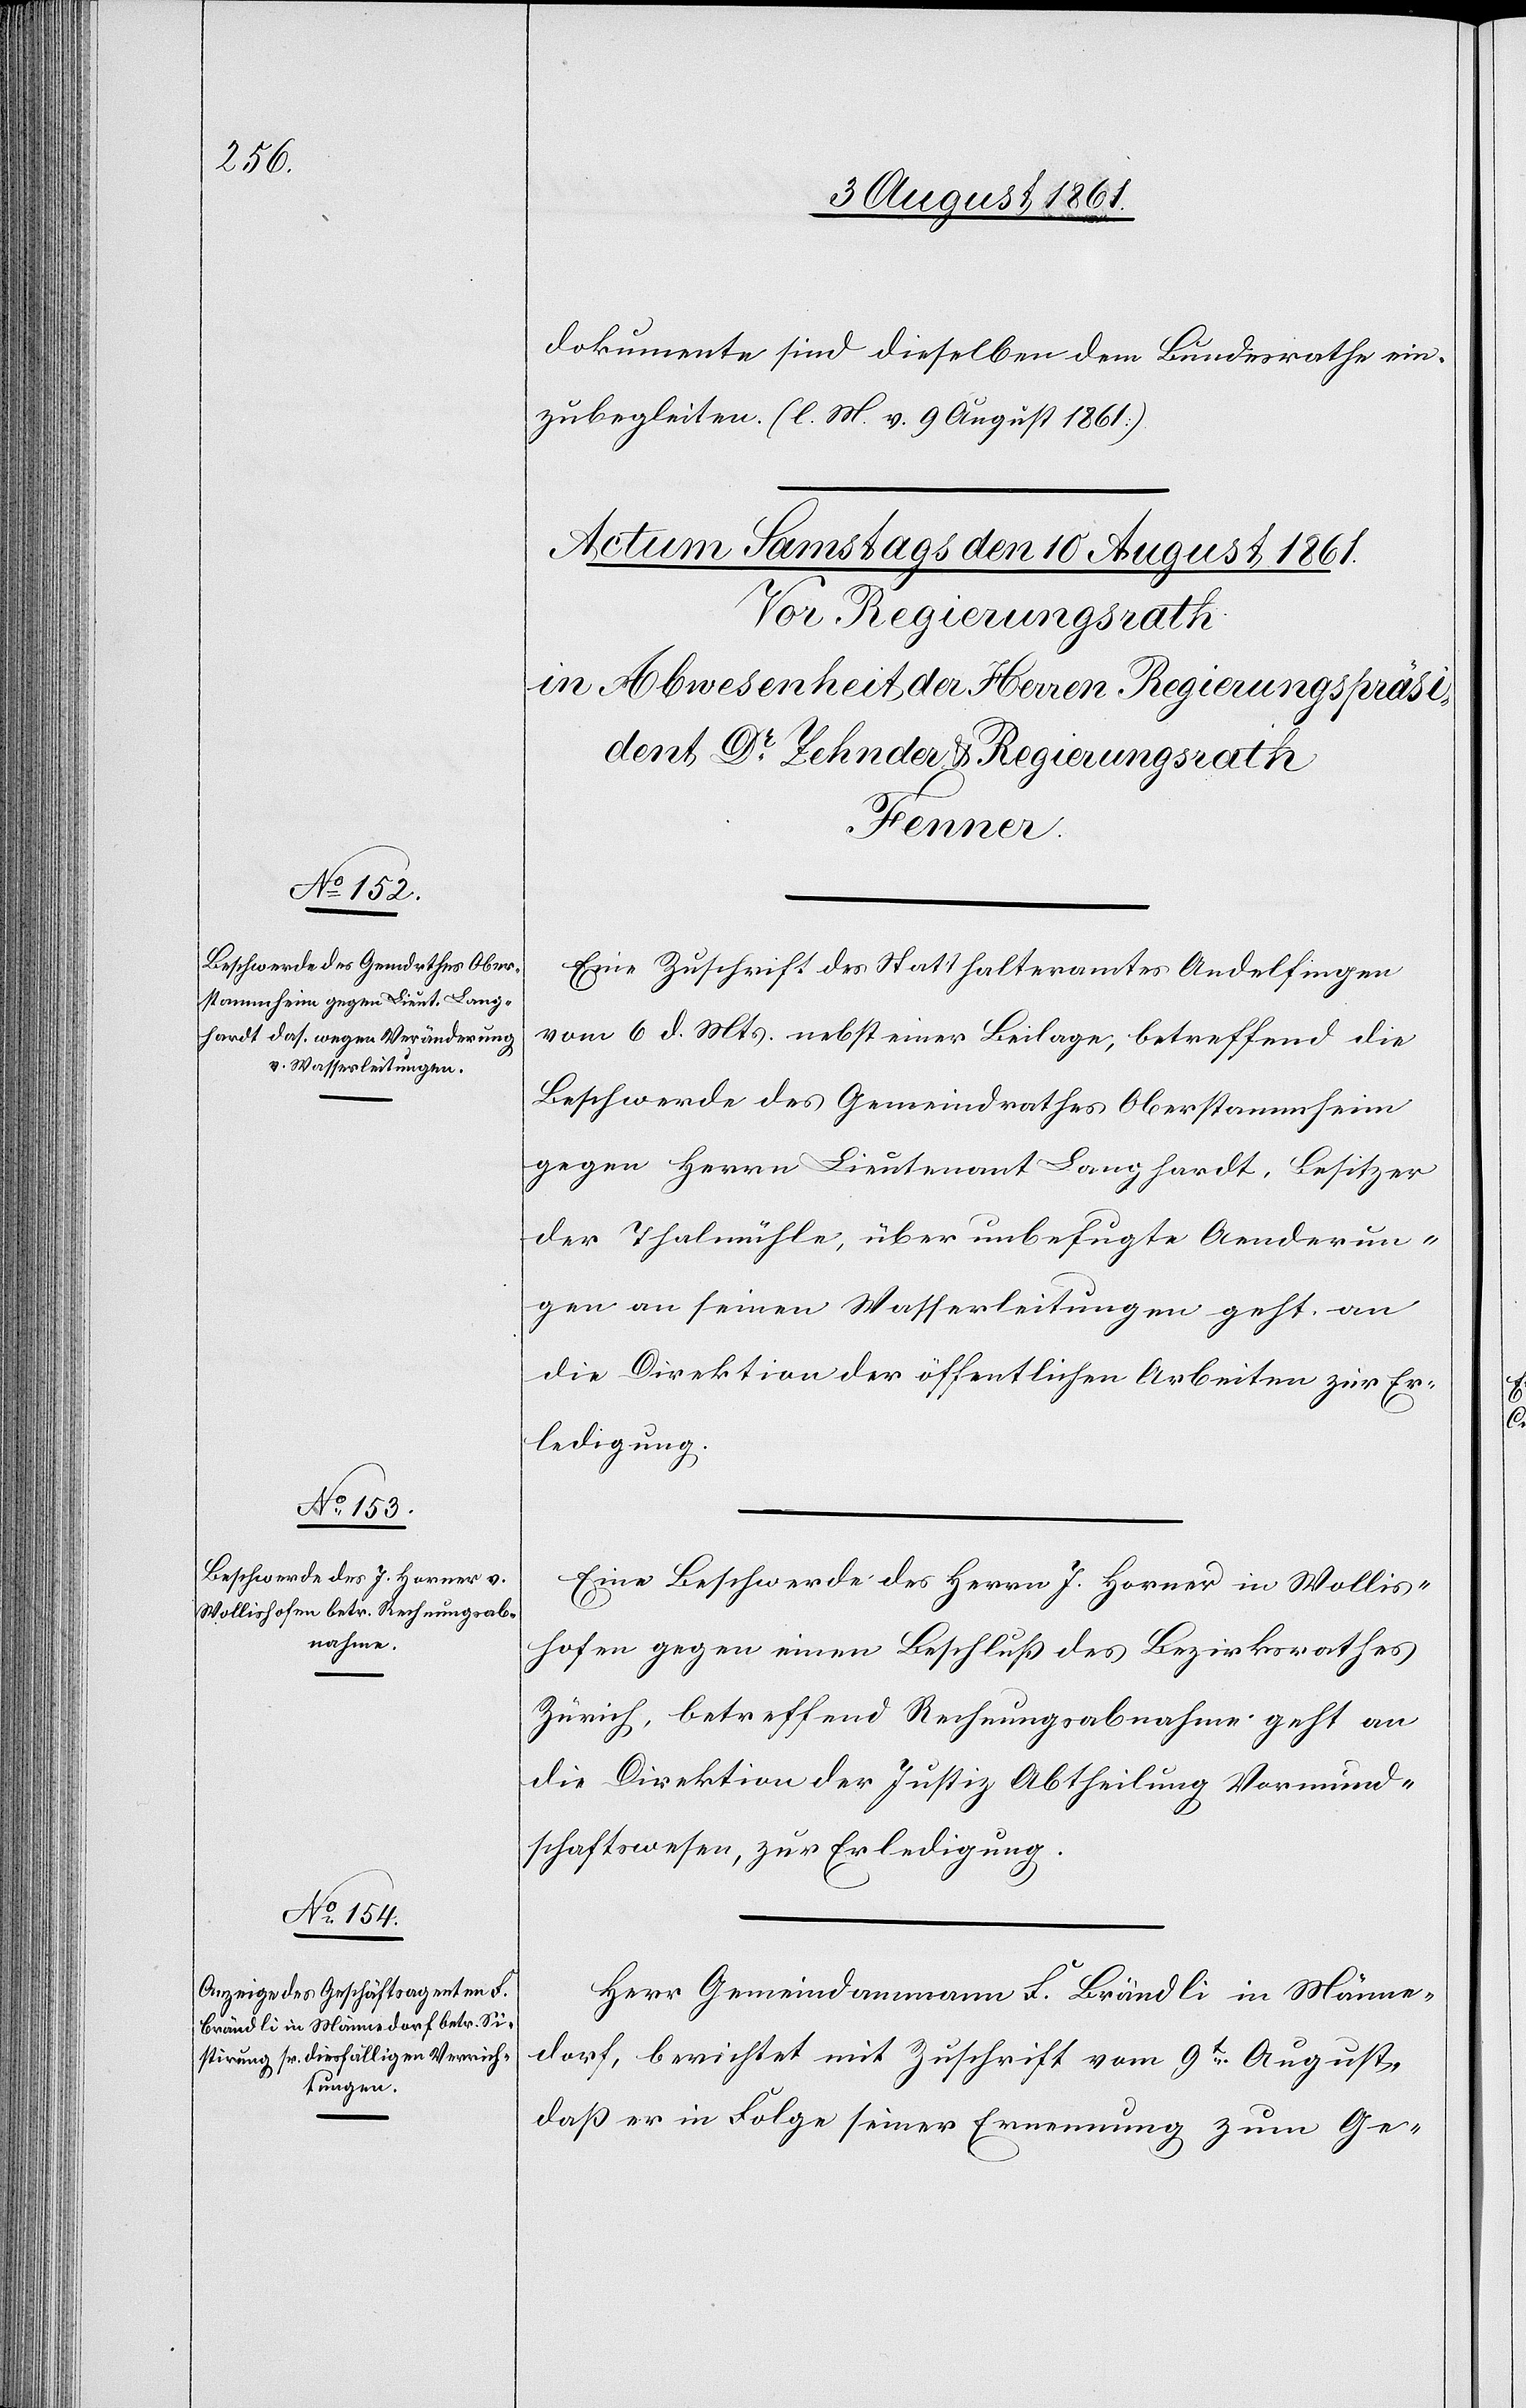
dokumente sind dieselben dem Bunderathe ein¬
zubegleiten. [l. M. v. 9 August 1861]
Eine Zuschrift des Statthalteramtes Andelfingen
vom 6 d. Mts. nebst einer Beilage, betreffend die
Beschwerde des Gemeindrathes Oberstammheim
gegen Herrn Lieutnant Langhardt, Besitzer
der Thalmühle, über unbefugte Aenderun¬
gen an seinen Wasserleitungen geht an
die Direktion der öffentlichen Arbeiten zur Er¬
ledigung.
Eine Beschwerde des Herrn J. Horner in Wollis¬
hofen gegen einen Beschluß des Bezirksrathes
Zürich, betreffend Rechnungsabnahme geht an
die Direktion der Justiz Abtheilung Vormund¬
schaftswesen, zur Erledigung.
Herr Gemeindammann L. Brändli in Männe¬
dorf, berichtet mit Zuschrift vom 9t August,
daß er in Folge seiner Ernennung zum Ge-